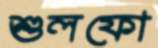
শুলফো